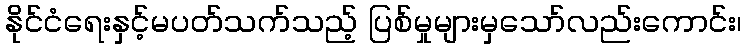
နိုင်ငံရေးနှင့်မပတ်သက်သည့် ပြစ်မှုများမှသော်လည်းကောင်း၊